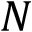
N